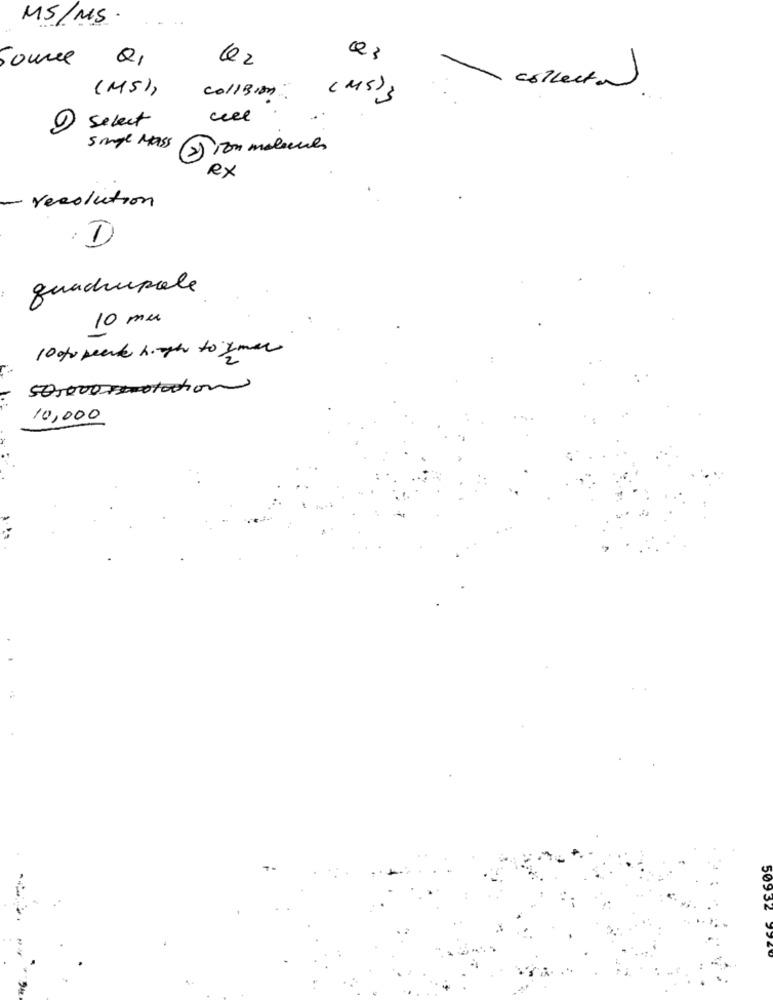
MS/MS.
Source
Q1
Q2
Q3
(MS))
collection
collBien
( MS)}
ceee
2 select
5 mage Mass
2) Ton molecules
RX
resolution
(-)
quadrupole
10 mm
10 to peak high to zmar
50,000-Firstaction
10,000
50932